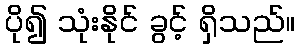
ပို၍ သုံးနိုင် ခွင့် ရှိသည်။